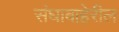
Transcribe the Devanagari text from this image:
संघाबाहेरील